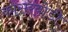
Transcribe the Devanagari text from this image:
कासरबोडी